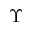
\Upsilon